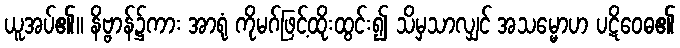
ယူအပ်၏။ နိဗ္ဗာန်၌ကား အာရုံ ကိုမဂ်ဖြင့်ထိုးထွင်း၍ သိမှသာလျှင် အသမ္မောဟ ပဋိဝေဓ၏